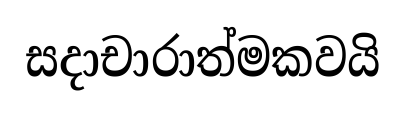
සදාචාරාත්මකවයි